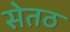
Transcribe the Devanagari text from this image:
सेतठ